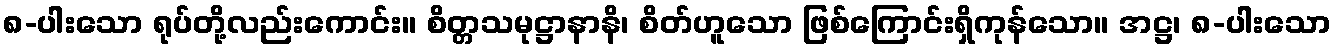
၈-ပါးသော ရုပ်တို့လည်းကောင်း။ စိတ္တသမုဋ္ဌာနာနိ၊ စိတ်ဟူသော ဖြစ်ကြောင်းရှိကုန်သော။ အဋ္ဌ၊ ၈-ပါးသော